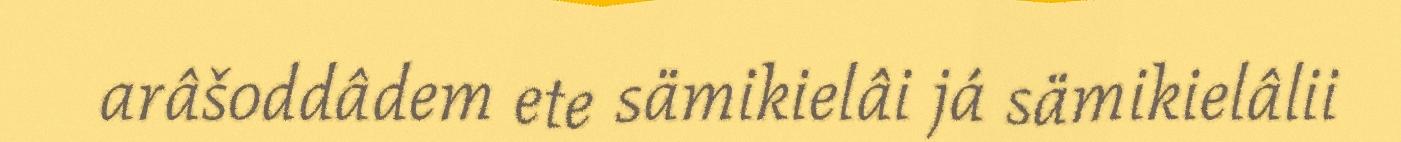
arâšoddâdem ete sämikielâi já sämikielâlii